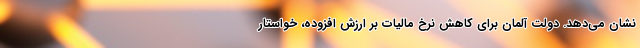
نشان می‌دهد. دولت آلمان برای کاهش نرخ مالیات بر ارزش افزوده، خواستار